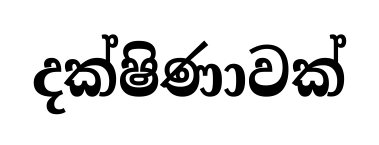
දක්ෂිණාවක්